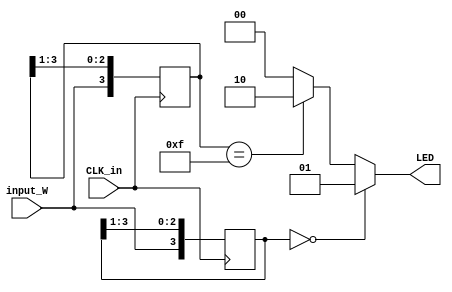
`timescale 1ns / 1ps

module part_two(
    input         CLK_in,
    input         input_W,
    output [1:0]  LED
    );
    
    
    reg [3:0] out;
    reg [3:0] out_2;

    
always@(posedge CLK_in)
begin
    out[0] <= out[1];
    out[1] <= out[2];
    out[2] <= out[3];
    out[3] <= input_W;
    
    out_2[0] <= out_2[1];
    out_2[1] <= out_2[2];
    out_2[2] <= out_2[3];
    out_2[3] <= input_W;
      
    
//    if(out == 4'b0000) begin
//        LED[0] <= 1'b1;
//        LED[1] <= 1'b0;
//    end else if(out_2 == 4'b1111) begin
//        LED[0] <= 1'b0;
//        LED[1] <= 1'b1;
//    end else
//        LED <= 2'b00;
end

    assign LED = (out == 4'b0000) ? 2'b01:
                 (out_2 == 4'b1111) ? 2'b10:
                  2'b00;







endmodule